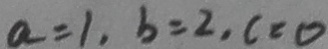
a = 1 , b = 2 , c = 0